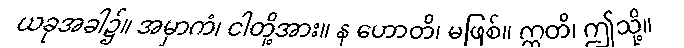
ယခုအခါ၌။ အမှာကံ၊ ငါတို့အား။ န ဟောတိ၊ မဖြစ်။ ဣတိ၊ ဤသို့။